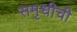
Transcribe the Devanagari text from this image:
समृधीची